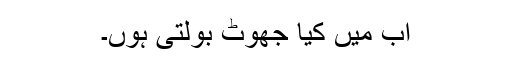
اب میں کیا جھوٹ بولتی ہُوں۔